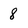
Character: 8